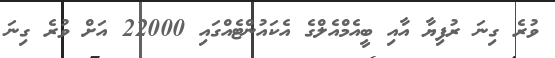
ވުރެ ގިނަ ރުފިޔާ އާއި ބީއެމްއެލްގެ އެކައުންޓެއްގައި 22000 އަށް ވުރެ ގިނަ